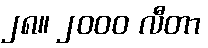
၂၈။ ၂၀၀၀ လီတာ